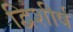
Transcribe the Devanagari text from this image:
द्विशीर्ष